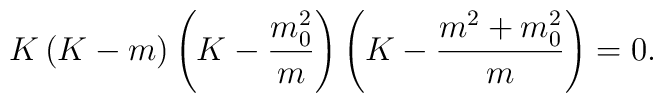
K\left(K-m\right)\left(K-\frac{m_0^2}{m}\right)\left(K-\frac{m^2+m_0^2}{m}\right)=0.